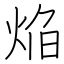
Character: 焔